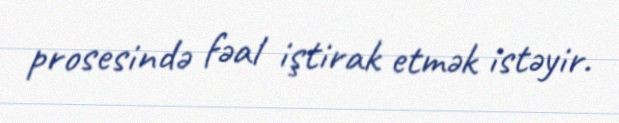
prosesində fəal iştirak etmək istəyir.